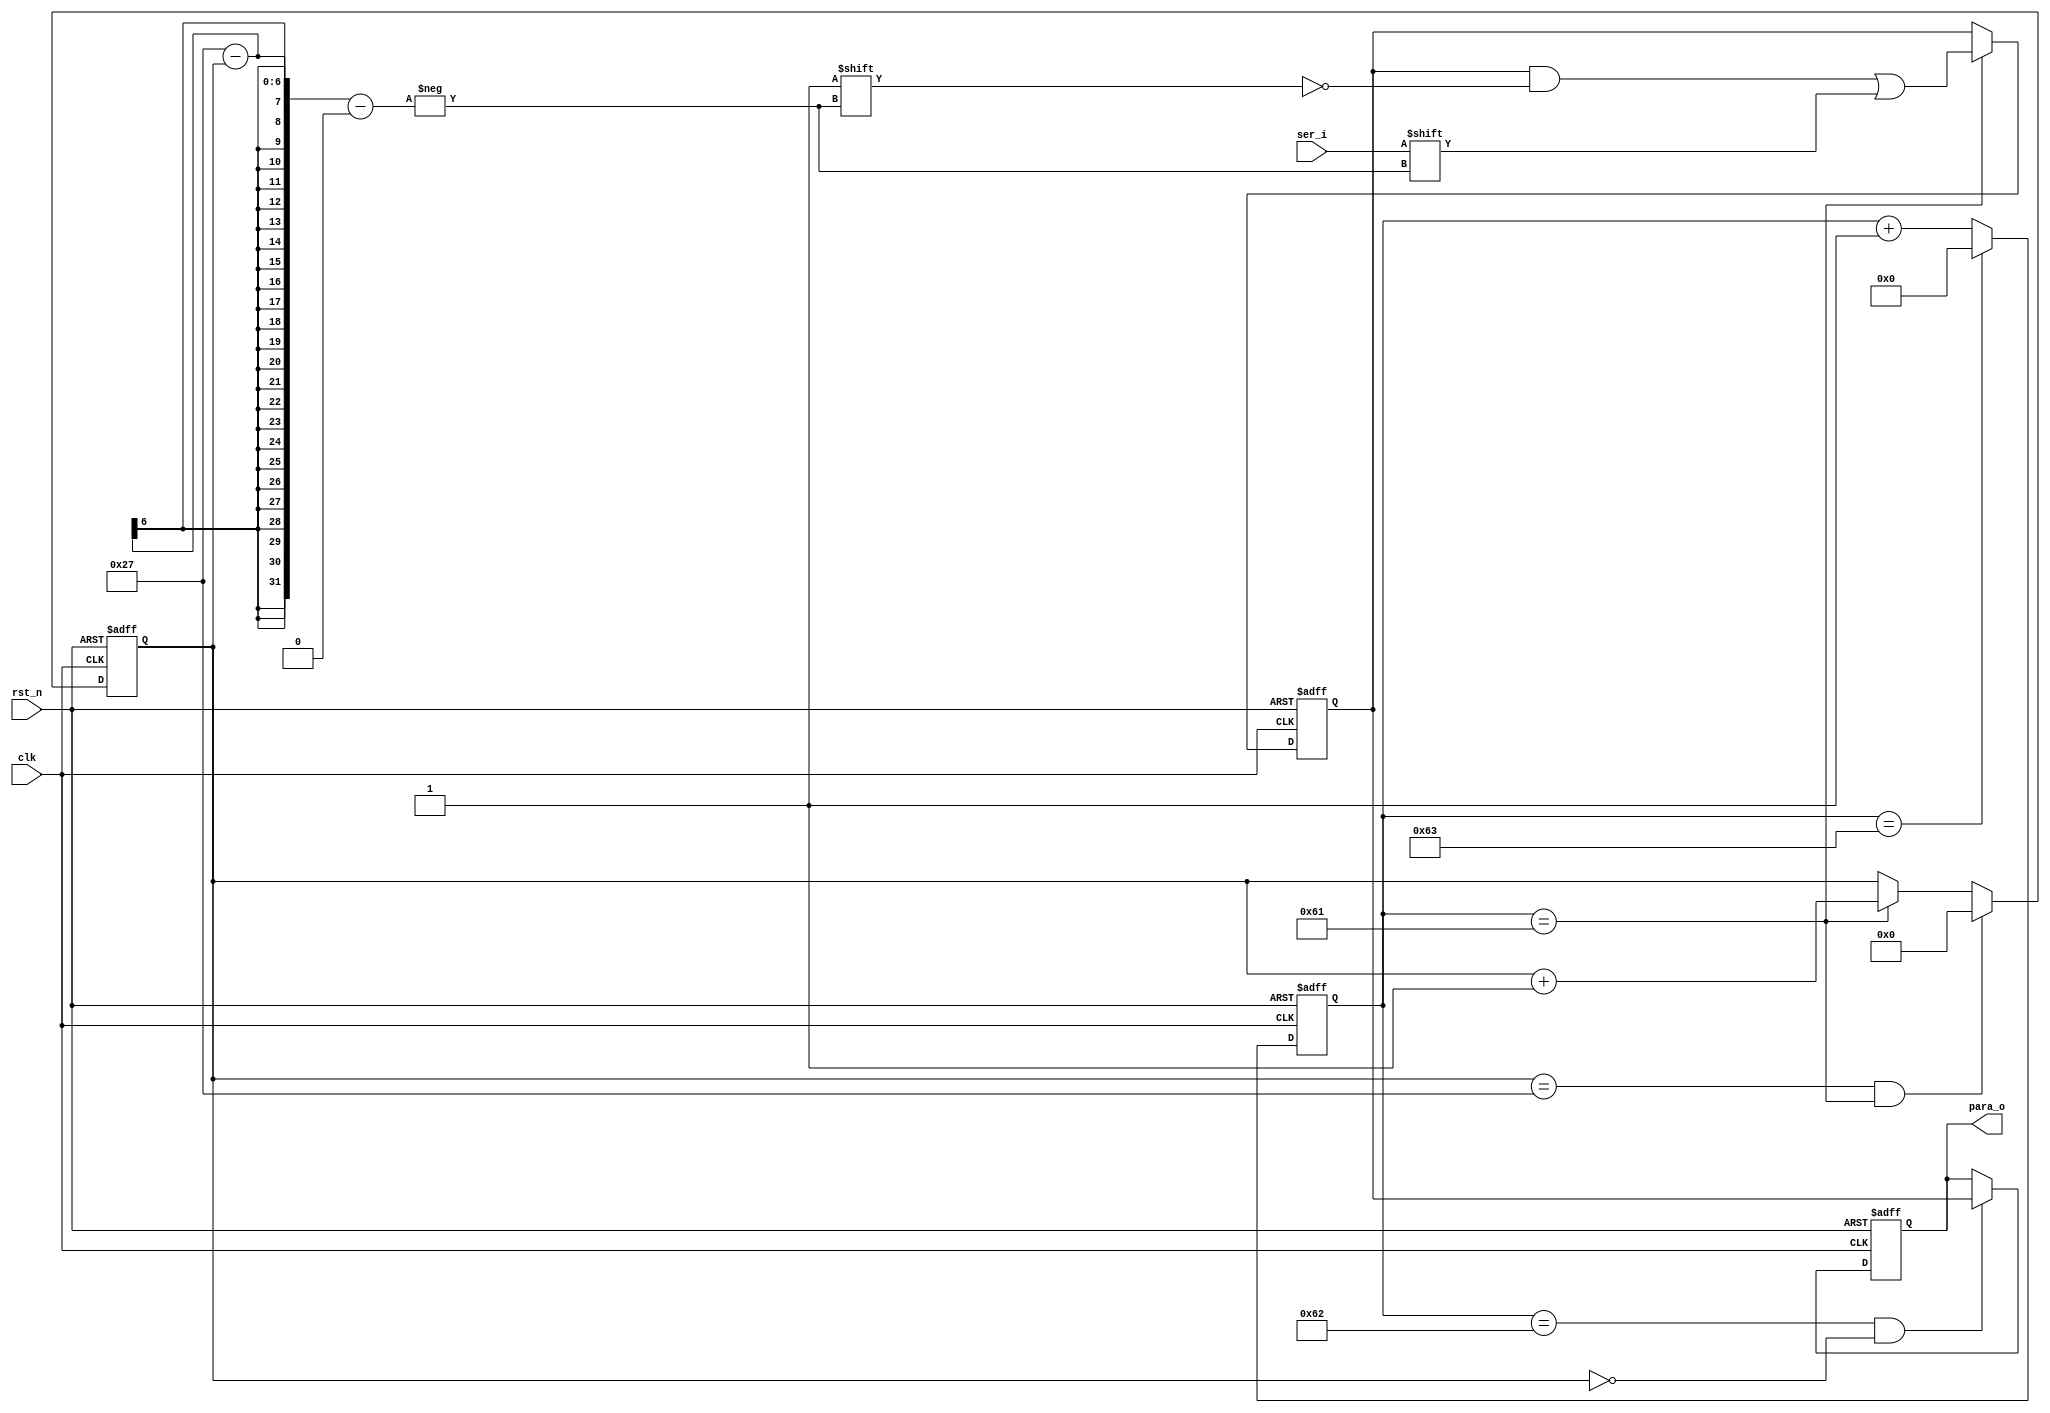
//////////////////////////////////////////////////////////////////////////////////
// Description: 40bit
//
//////////////////////////////////////////////////////////////////////////////////
module ser2para
    #(parameter SAMPLE = 100) //bit 
    (
        input wire          clk     ,
        input wire          rst_n   ,
        input wire          ser_i   ,
        
        output reg [39:0]   para_o
    );
    
    reg [7:0]   sample_cnt  ;
    reg [5:0]   bit_cnt     ;
    
    //40bitpara_o
    reg [39:0]  para_o_temp ; 
    
    
    //sample_cnt
    always @ (posedge clk or negedge rst_n) begin
        if(rst_n == 1'b0) begin
            sample_cnt <= 8'd0;
        end else if(sample_cnt == (SAMPLE - 1)) begin
            sample_cnt <= 8'd0;
        end else begin
            sample_cnt <= sample_cnt + 8'd1;
        end
    end
    
    //bit_cnt
    //sample_cnt == (SAMPLE - 3)para_obit
    always @ (posedge clk or negedge rst_n) begin
        if(rst_n == 1'b0) begin
            bit_cnt <= 6'd38;  //bit
        end else if((bit_cnt == 6'd39) && sample_cnt == (SAMPLE - 3)) begin
            bit_cnt <= 6'd0;
        end else if(sample_cnt == (SAMPLE - 3))begin
            bit_cnt <= bit_cnt + 6'd1;
        end else begin
            bit_cnt <= bit_cnt;
        end
    end
    
    //para_o_temp
    always @ (posedge clk or negedge rst_n) begin
        if(rst_n == 1'b0) begin
            para_o_temp <= 40'b0;
        end else if(sample_cnt == (SAMPLE - 3)) begin
            para_o_temp[39-bit_cnt] <= ser_i;
        end else begin
            para_o_temp <= para_o_temp;
        end 
    end
    
    //para_o
    always @ (posedge clk or negedge rst_n) begin
        if(rst_n == 1'b0) begin
            para_o <= 40'b0;
        end else if(sample_cnt == (SAMPLE - 2) && (bit_cnt == 6'd0)) begin //para_o_temp
            para_o <= para_o_temp;
        end else begin
            para_o <= para_o;
        end
    end

endmodule